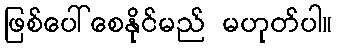
ဖြစ်ပေါ်စေနိုင်မည် မဟုတ်ပါ။